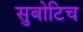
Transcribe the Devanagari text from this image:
सुबोटिच